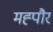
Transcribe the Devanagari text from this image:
मह्पौर